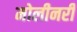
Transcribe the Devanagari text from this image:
मोलीनरी